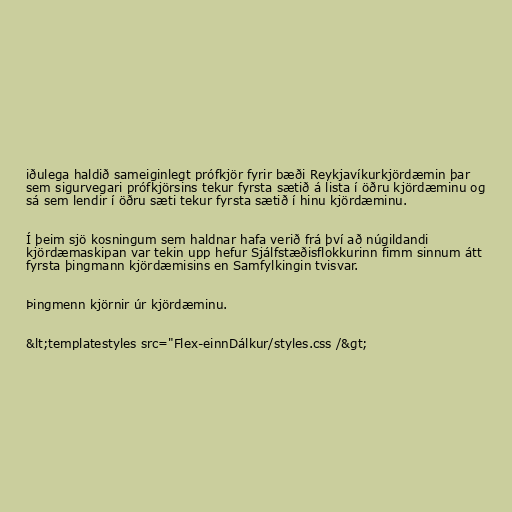
iðulega haldið sameiginlegt prófkjör fyrir bæði Reykjavíkurkjördæmin þar
sem sigurvegari prófkjörsins tekur fyrsta sætið á lista í öðru kjördæminu og
sá sem lendir í öðru sæti tekur fyrsta sætið í hinu kjördæminu.

Í þeim sjö kosningum sem haldnar hafa verið frá því að núgildandi
kjördæmaskipan var tekin upp hefur Sjálfstæðisflokkurinn fimm sinnum átt
fyrsta þingmann kjördæmisins en Samfylkingin tvisvar.

Þingmenn kjörnir úr kjördæminu.

&lt;templatestyles src="Flex-einnDálkur/styles.css /&gt;